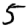
Digit: 5